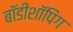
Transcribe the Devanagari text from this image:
बॉडीशॉपिंग